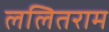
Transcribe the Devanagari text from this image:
ललितराम